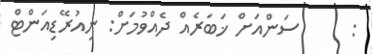
:      ސަންއަށް ޚަބަރެއް ދެއްވުމަށް: ނިއުރޭޑިއަންޓް